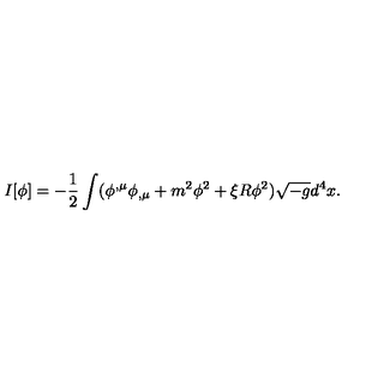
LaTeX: I [ \phi ] = - \frac 1 2 \int ( \phi ^ { , \mu } \phi _ { , \mu } + m ^ { 2 } \phi ^ { 2 } + \xi R \phi ^ { 2 } ) \sqrt { - g } d ^ { 4 } x .